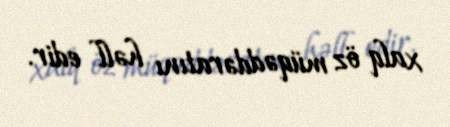
xalq öz müqəddəratını həll edir.